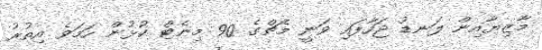
މާޒިޔާއިން ލަނޑު ޖަހާފައި ވަނީ މެޗްގެ 90 މިނެޓް ކުޅުން ހަމަވެ އިތުރު